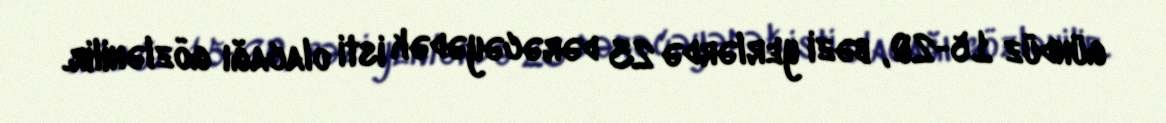
gündüz 15-20, bəzi yerlərdə 23 dərəcəyədək isti olacağı gözlənilir.